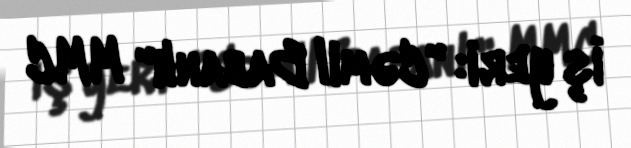
İş yeri: "Cəmil Babanlı" MMC